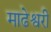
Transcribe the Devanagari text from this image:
माढेश्वरी